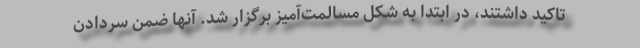
تاکید داشتند، در ابتدا به شکل مسالمت‌آمیز برگزار شد. آنها ضمن سردادن